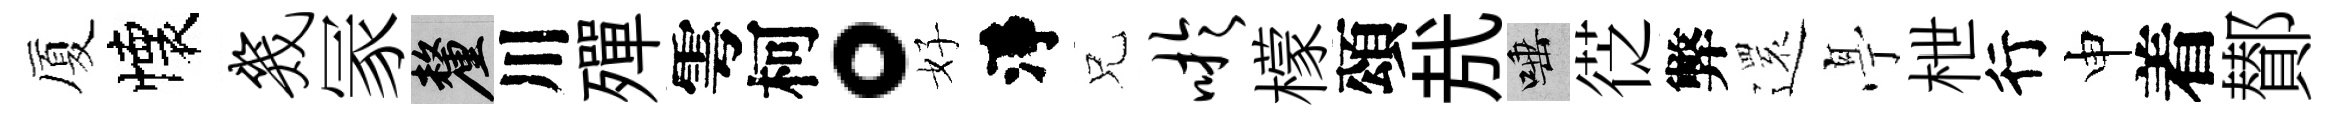
厦懐几冡厘川殫雩柯。好淨兄吁檬頌㢤唾徔弊𮟃𠅘枻行申着鄼